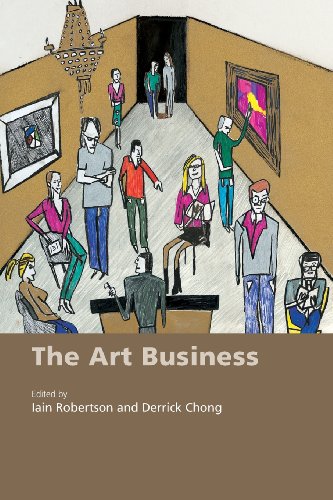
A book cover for The Art Business; Iain Robertson; Arts & Photography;